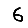
Digit: 6